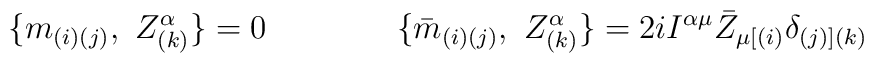
\{m_{(i)(j)}, \ Z^{\alpha}_{(k)} \}= 0\qquad \qquad\{{\bar m}_{(i)(j)}, \ Z^{\alpha}_{(k)}  \}=2iI^{\alpha \mu}{\bar Z}_{\mu [(i)}\delta_{(j)](k)}